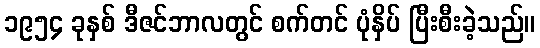
၁၉၅၄ ခုနှစ် ဒီဇင်ဘာလတွင် စက်တင် ပုံနှိပ် ပြီးစီးခဲ့သည်။